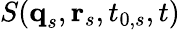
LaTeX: S(\textbf{q}_{s},\textbf{r}_{s},t_{0,s},t)